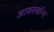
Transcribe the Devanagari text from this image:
आवरलॉन्ग